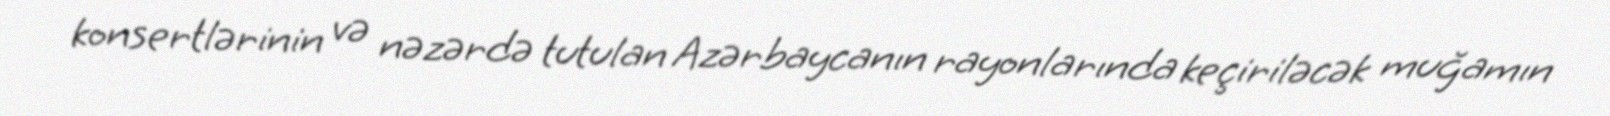
konsertlərinin və nəzərdə tutulan Azərbaycanın rayonlarında keçiriləcək muğamın